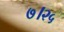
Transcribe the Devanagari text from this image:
७।२५